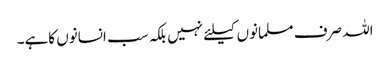
اللہ صرف مسلمانوں کیلئے نہیں بلکہ سب انسانوں کاہے۔